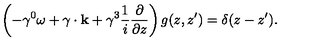
\left( - \gamma ^ { 0 } \omega + { \bf \mathrm { \boldmath \gamma } \cdot k } + \gamma ^ { 3 } { \frac { 1 } { i } } { \frac { \partial } { \partial z } } \right) g ( z , z ^ { \prime } ) = \delta ( z - z ^ { \prime } ) .